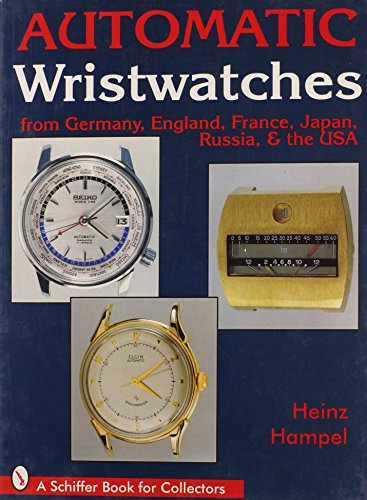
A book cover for Automatic Wristwatches: From Germany, England, France, Japan, Russia and the USA (Schiffer Book for Collectors); Heinz Hampel; Crafts, Hobbies & Home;